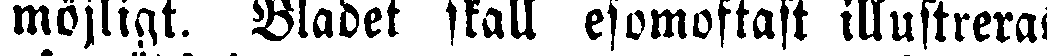
möjligt. Bladet skall esomoftast illustreras